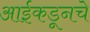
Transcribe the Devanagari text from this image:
आईकडूनचे